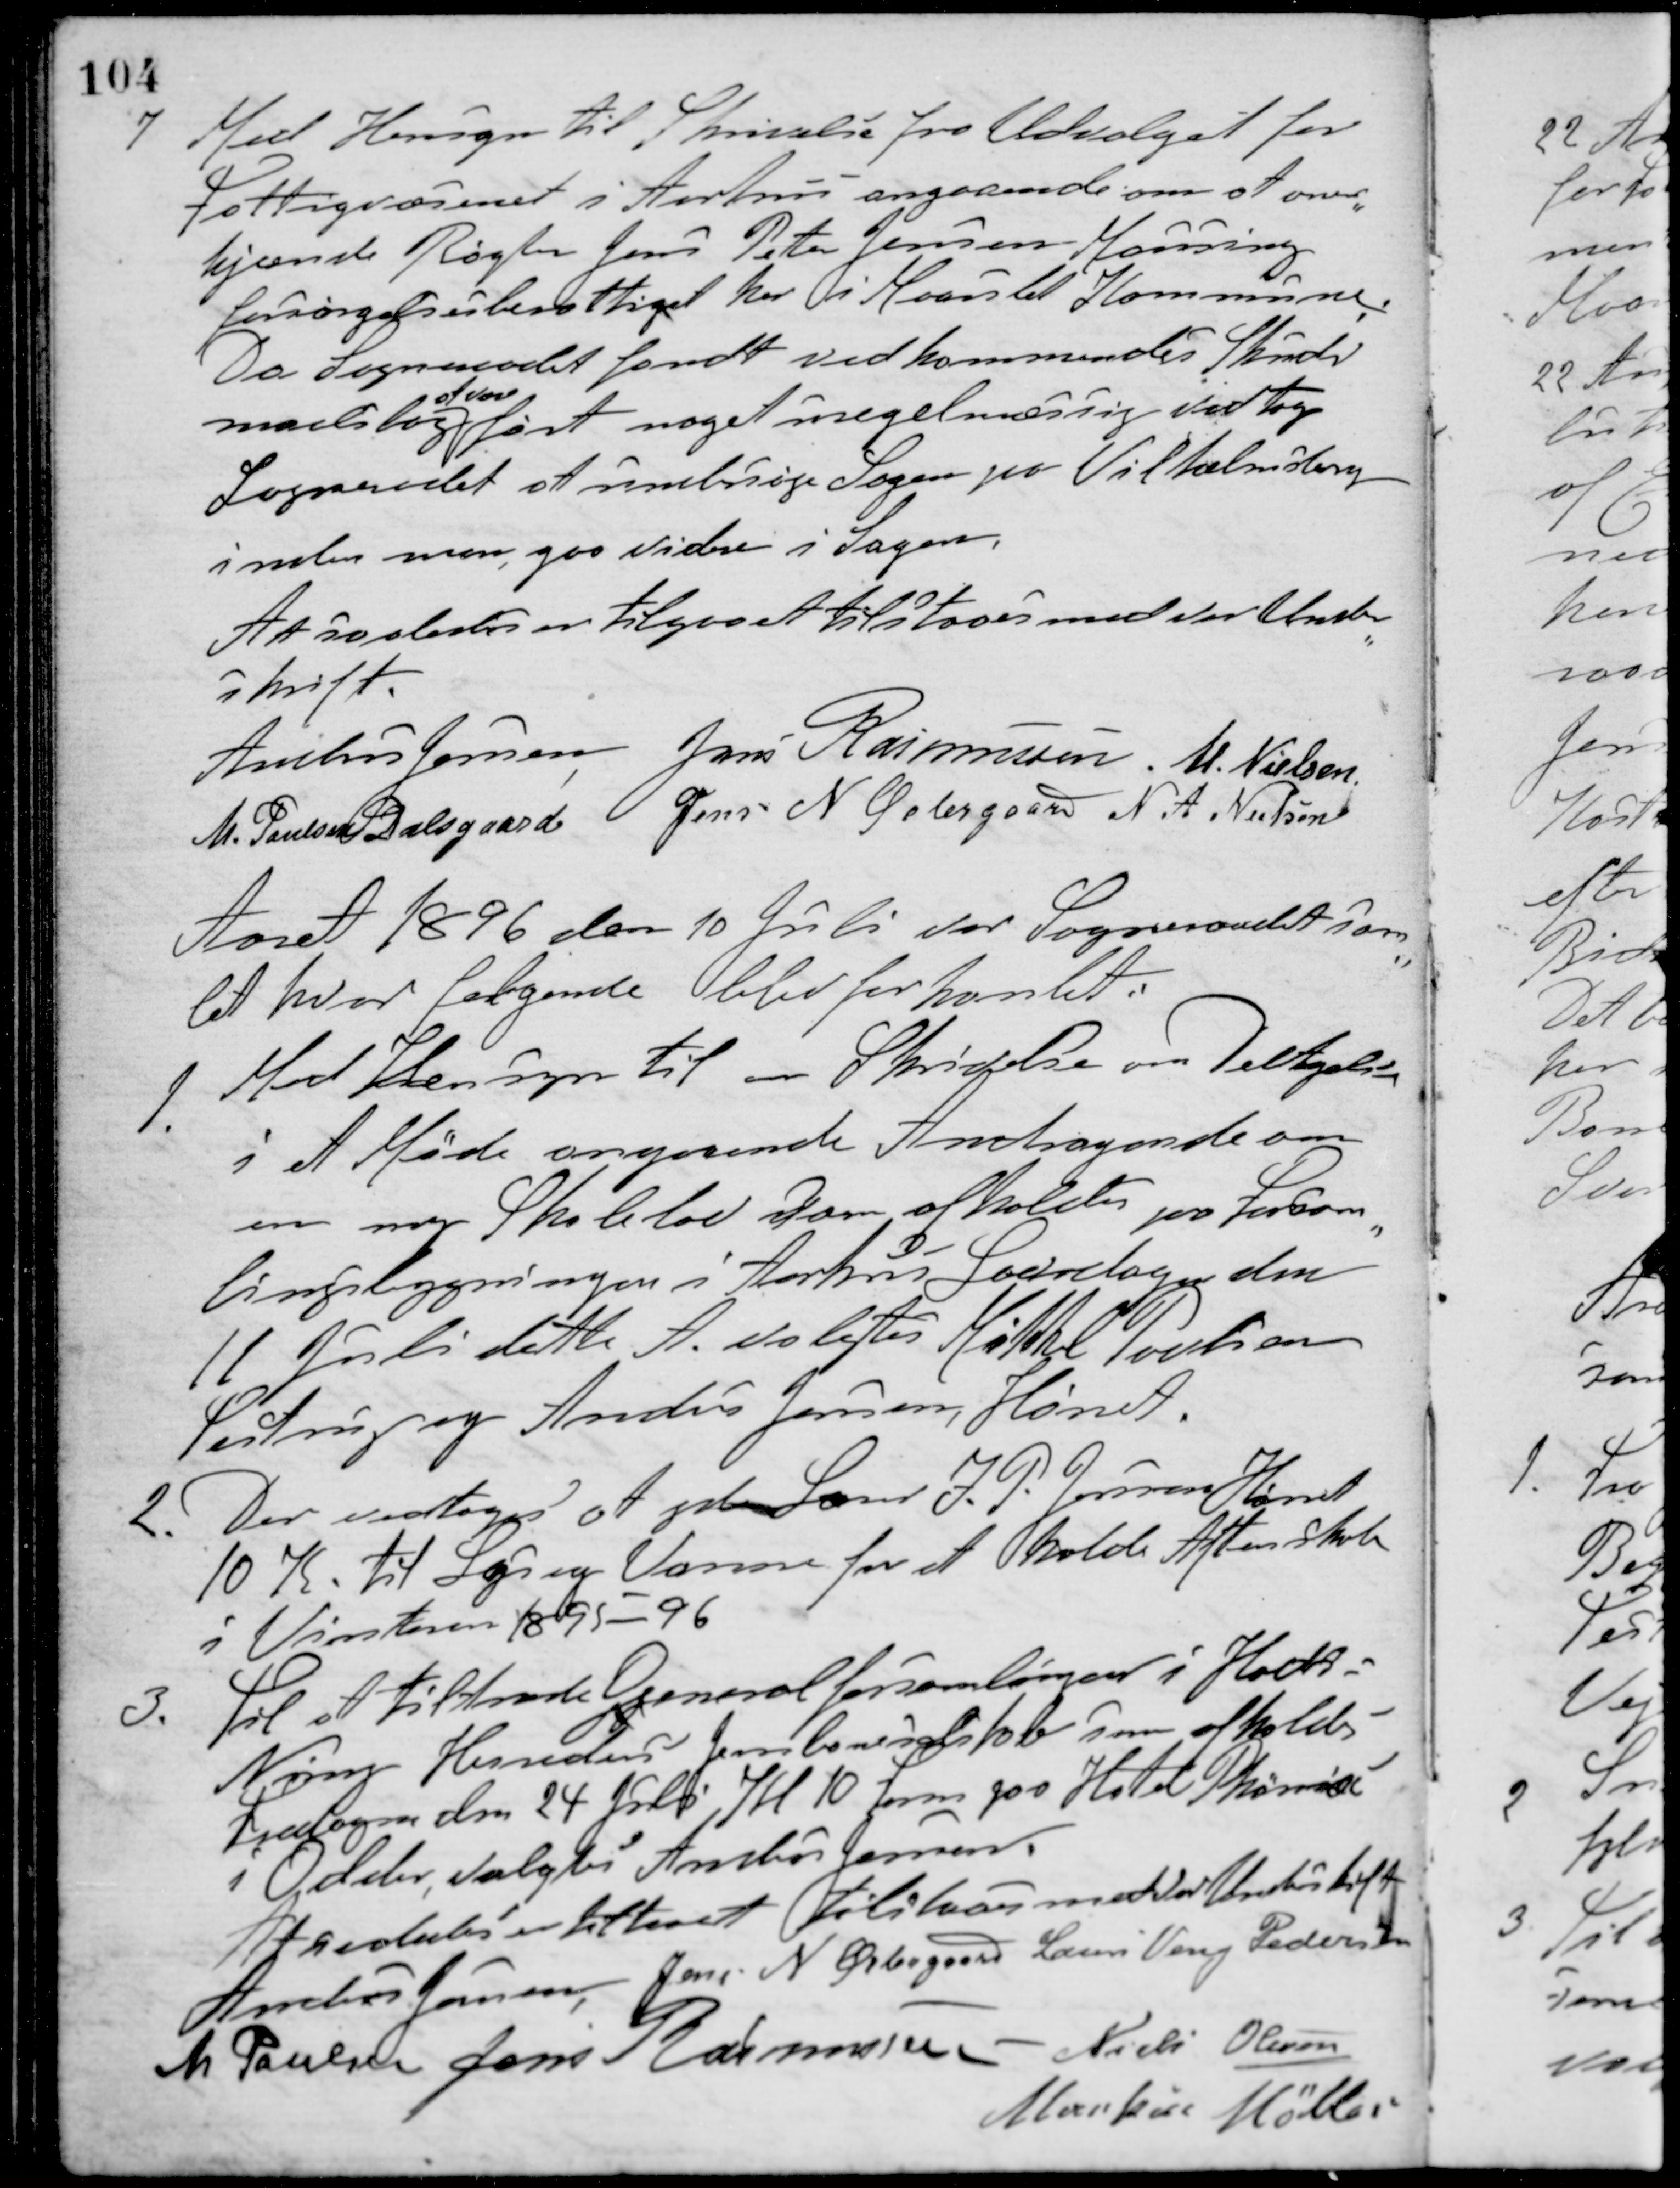
Transskription:
7. Med Hensyn til Skrivelse fra Udvalget for
Fattigvæsenet i Aarhus angaaende om at aner-
kjænde Røgter Jens Peter Jensen Moussing
forsørgelsesberettiget her i Maarslet Kommune.
Da Sogneraadet fandt vedkommendes Skuds-
maalsbog
at være
ført noget uregelmæssig vedtog
Sogneraadet at undersøge Sagen paa Vilhelmsborg
inden man gaa videre i Sagen.
At saaledes en tilgaaet tilstaaes med vor Under-
skrift.
Anders Jensen Jens Rasmussen M. Nielsen
M. Poulsen Dalsgaard Jens N. Østergaard N. A. Nielsen
Aaret 1896 den 10 Juli var Sogneraadet sam-
let hvor følgende blev forhanlet.
1. Med Hensyn til en Skrivelse om Deltagelse
i et Møde angaaende Andragende om
en ny Skolelov som afholdes paa Forsam-
lingsbygningen i Aarhus Lørdagen den
11 Juli dette A. valgtes Mikkel Poulsen
Testrup og Anders Jensen, Hørret.
2. Der vedtoges at yde Lærer J. P. Jensen Hørret
10 K. til Lys og Varme for at holde Aftenskole
i Vinteren 1895-96
3. Til at tiltræde Generalforsamlingen i Hads-
Ning Herreders Jernbaneselskab som afholdes
Fredagen den 24 Juli Kl 10 form. paa Hotel Phønix
i Odder, valgtes Anders Jensen.
At saaledes tilstaaet tilstaaes med vor Underskrift
Anders Jensen Jens N. Østergaard Laurs Veng Pedersen
M. Poulsen Jens Rasmussen Niels Olesen
Markus Møller